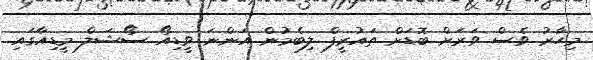
މިހާރު ވެސް ވަރަށް ބޮޑަށް ތައުރީފް ލިބެމުން އަންނަ ވީޑިއޯ ސޯޝަލް މީޑިއާގައި